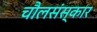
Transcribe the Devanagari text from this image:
चौलसंस्कार